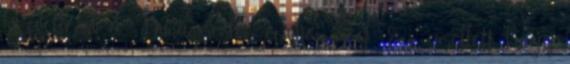
közvetlenül a Duna mentén épüljön meg. Ez, amellett, hogy